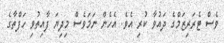
ވެސް ޓެރަރިޒަމްގެ ދައުވާ ކުރި އެވެ. އެހެން ނަމަވެސް މިދިޔަ ފާއިތުވި ހަފްތާގެ